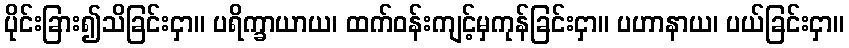
ပိုင်းခြား၍သိခြင်းငှာ။ ပရိက္ခာယာယ၊ ထက်ဝန်းကျင့်မှကုန်ခြင်းငှာ။ ပဟာနာယ၊ ပယ်ခြင်းငှာ။